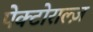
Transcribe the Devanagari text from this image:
पेक्टोराल्ज़